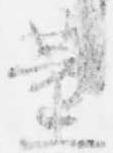
薫